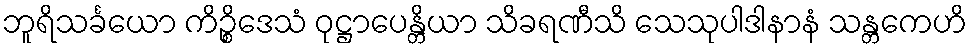
ဘူရိသင်္ခယော ကိဉ္စိဒေသံ ဝုဋ္ဌာပေန္တိယာ သိခရဏီသိ သေသုပါဒါနာနံ သန္တကေဟိ